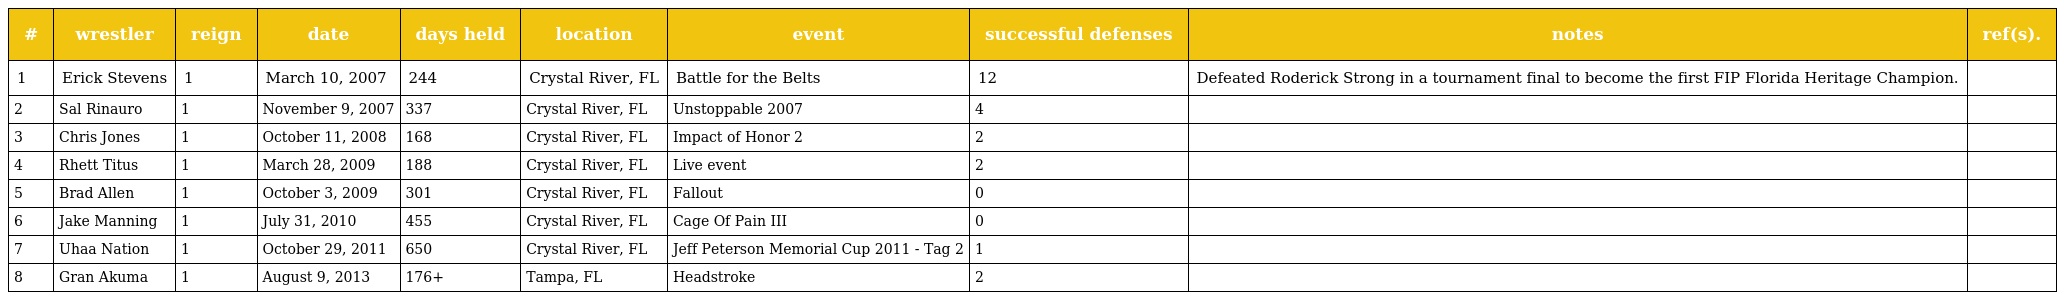
| # | wrestler | reign | date | days held | location | event | successful defenses | notes | ref(s). |
 | --- | --- | --- | --- | --- | --- | --- | --- | --- | --- |
 | 1 | Erick Stevens | 1 | March 10, 2007 | 244 | Crystal River, FL | Battle for the Belts | 12 | Defeated Roderick Strong in a tournament final to become the first FIP Florida Heritage Champion. |  |
 | 2 | Sal Rinauro | 1 | November 9, 2007 | 337 | Crystal River, FL | Unstoppable 2007 | 4 |  |  |
 | 3 | Chris Jones | 1 | October 11, 2008 | 168 | Crystal River, FL | Impact of Honor 2 | 2 |  |  |
 | 4 | Rhett Titus | 1 | March 28, 2009 | 188 | Crystal River, FL | Live event | 2 |  |  |
 | 5 | Brad Allen | 1 | October 3, 2009 | 301 | Crystal River, FL | Fallout | 0 |  |  |
 | 6 | Jake Manning | 1 | July 31, 2010 | 455 | Crystal River, FL | Cage Of Pain III | 0 |  |  |
 | 7 | Uhaa Nation | 1 | October 29, 2011 | 650 | Crystal River, FL | Jeff Peterson Memorial Cup 2011 - Tag 2 | 1 |  |  |
 | 8 | Gran Akuma | 1 | August 9, 2013 | 176+ | Tampa, FL | Headstroke | 2 |  |  |